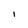
Character: I